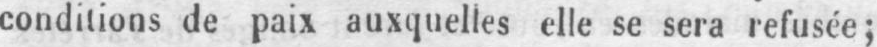
conditions de paix auxquelles elle se sera refusée;